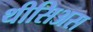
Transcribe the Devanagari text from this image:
थीसिअस